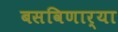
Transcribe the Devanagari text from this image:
बसविणार्‍या